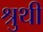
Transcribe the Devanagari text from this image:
श्रुथी